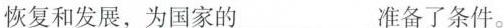
恢复和发展，为国家的___准备了条件。